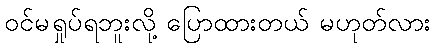
ဝင်မရှုပ်ရဘူးလို့ ပြောထားတယ် မဟုတ်လား